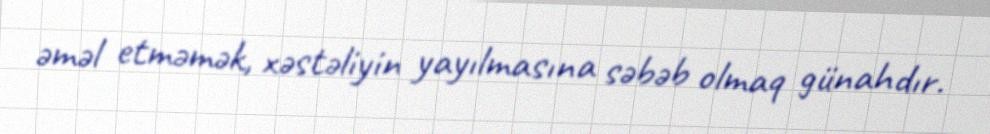
əməl etməmək, xəstəliyin yayılmasına səbəb olmaq günahdır.